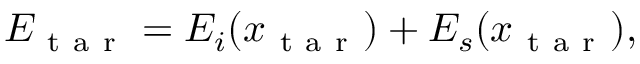
\begin{array} { r } { E _ { \mathrm { ~ t ~ a ~ r ~ } } = E _ { i } ( x _ { \mathrm { ~ t ~ a ~ r ~ } } ) + E _ { s } ( x _ { \mathrm { ~ t ~ a ~ r ~ } } ) , } \end{array}